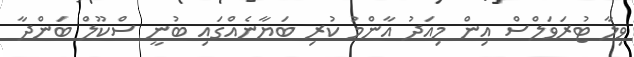
ވިލާ ޓުރަވަލްސް އިން މިއަދު އާންމު ކުރި ބަޔާނެއްގައި ބުނީ ސްކޫލް ބަންދާ